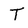
Character: T